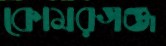
কোমরগঞ্জ